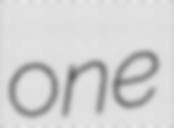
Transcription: one